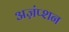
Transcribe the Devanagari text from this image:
अज़ंप्शन